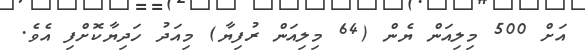
އަށް 500 މިލިއަން ޔެން (64 މިލިއަން ރުފިޔާ) މިއަދު ހަދިޔާކޮށްފި އެވެ.